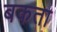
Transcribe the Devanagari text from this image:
बकता